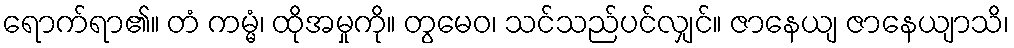
ရောက်ရာ၏။ တံ ကမ္မံ၊ ထိုအမှုကို။ တွမေဝ၊ သင်သည်ပင်လျှင်။ ဇာနေယျ ဇာနေယျာသိ၊